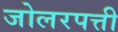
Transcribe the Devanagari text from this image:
जोलरपत्ती